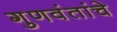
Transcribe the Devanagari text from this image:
गुणवंतांचे